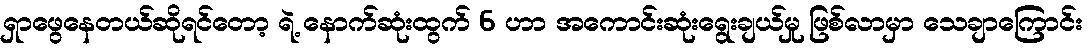
ရှာဖွေနေတယ်ဆိုရင်တော့ ရဲ့ နောက်ဆုံးထွက် 6 ဟာ အကောင်းဆုံးရွေးချယ်မှု ဖြစ်လာမှာ သေချာကြောင်း